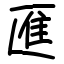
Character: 龨